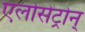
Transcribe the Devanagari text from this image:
एलोसेट्रोन्